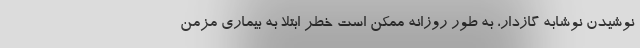
نوشیدن نوشابه گازدار، به طور روزانه ممکن است خطر ابتلا به بیماری مزمن